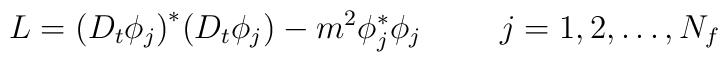
L=\bigl(D_t\phi_j\bigr)^\ast\bigl(D_t\phi_j\bigr)-m^2\phi_j^\ast\phi_j\hspace{1cm}j=1,2,\dots,N_f